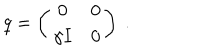
LaTeX: q = \left( \begin{matrix} { { 0 } } & { { 0 } } \\ { { \gamma I } } & { { 0 } } \\ \end{matrix} \right) ~ .